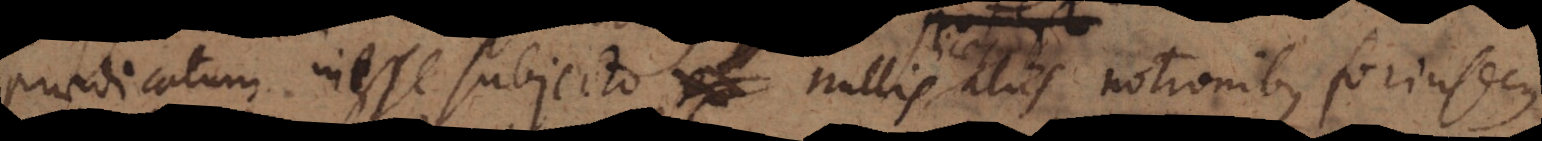
praedicatum inesse subjecto, nullis licet aliis notionibus forinsecus